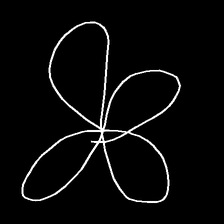
Glyph: billowing